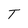
Character: T